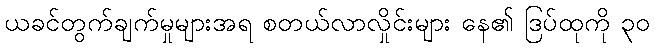
ယခင်တွက်ချက်မှုများအရ စတယ်လာလှိုင်းများ နေ၏ ဒြပ်ထုကို ၃၀